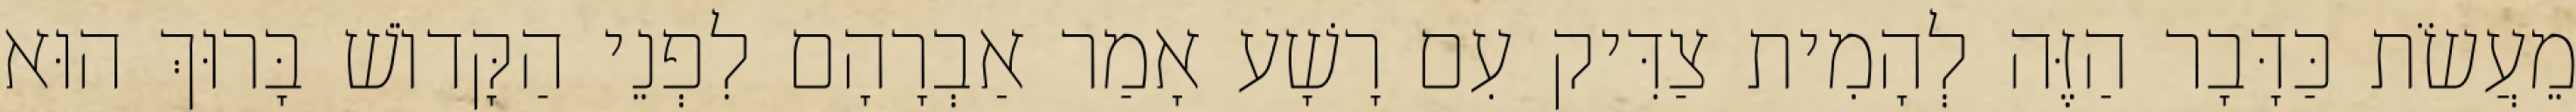
מֵעֲשֹׂת כַּדָּבָר הַזֶּה לְהָמִית צַדִּיק עִם רָשָׁע אָמַר אַבְרָהָם לִפְנֵי הַקָּדוֹשׁ בָּרוּךְ הוּא